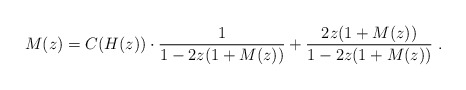
\begin{align*}M(z) = C(H(z))\cdot \frac 1 {1- 2z(1+ M(z)) }+ \frac {2z(1+M(z))} {1- 2z(1+ M(z))}~.\end{align*}